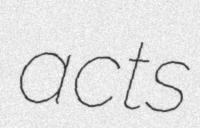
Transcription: acts